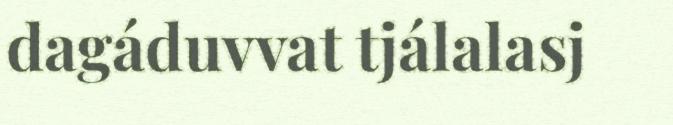
dagáduvvat tjálalasj